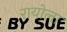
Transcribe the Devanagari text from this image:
रायोला